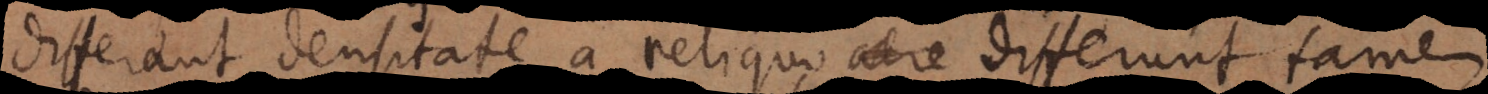
differant densitate a reliquo aëre differunt tamen,